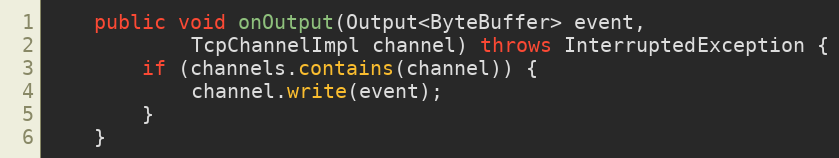
Language: Java
    public void onOutput(Output<ByteBuffer> event,
            TcpChannelImpl channel) throws InterruptedException {
        if (channels.contains(channel)) {
            channel.write(event);
        }
    }